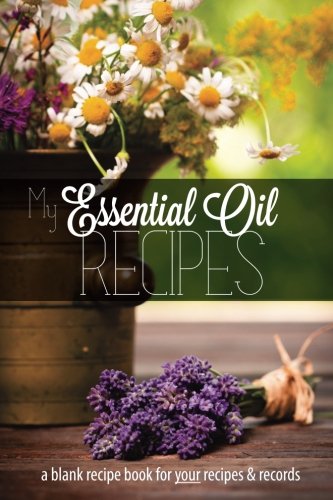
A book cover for My Essential Oil Recipes: a blank recipe book for your recipes and records (Black & White version); Nicolette Roux; Health, Fitness & Dieting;